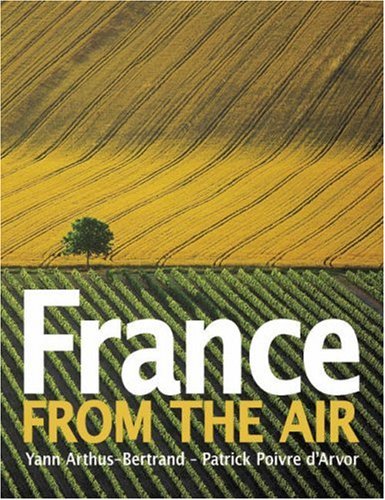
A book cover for France from the Air; Yann Arthus-Bertrand; Arts & Photography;